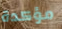
مؤكدة